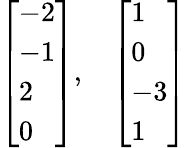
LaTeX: \begin{array}{r}{\left[\begin{array}{l}{-2}\\ {-1}\\ {2}\\ {0}\end{array}\right],\ \ \ \left[\begin{array}{l}{1}\\ {0}\\ {-3}\\ {1}\end{array}\right]}\end{array}